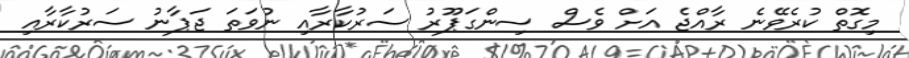
މިގޮތް ކުރެވޭނެ ރާއްޖެ އަށް ވެސް ސިންގަޕޫރު ސަރުކާރާއި ނުވަތަ ޖަޕާނު ސަރުކާރާއި